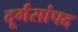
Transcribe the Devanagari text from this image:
दूर्गसांपद